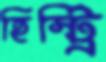
হিস্ট্রি